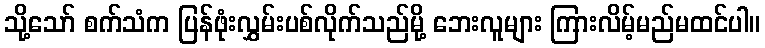
သို့သော် စက်သံက ပြန်ဖုံးလွှမ်းပစ်လိုက်သည်မို့ ဘေးလူများ ကြားလိမ့်မည်မထင်ပါ။